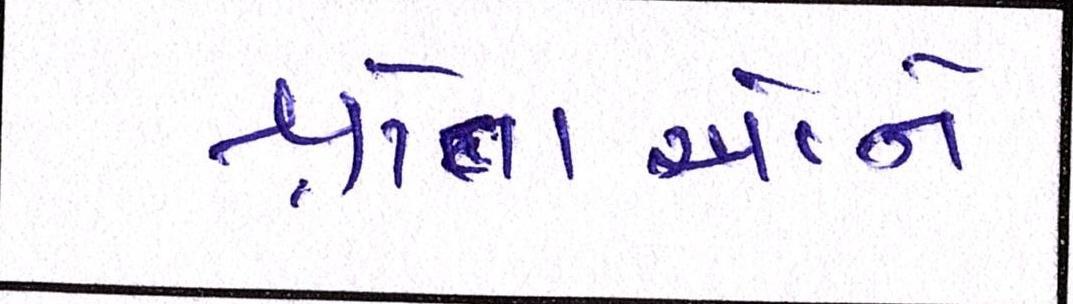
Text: શ્રોતાઓને